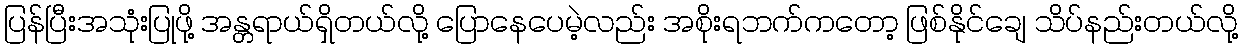
ပြန်ပြီးအသုံးပြုဖို့ အန္တရာယ်ရှိတယ်လို့ ပြောနေပေမဲ့လည်း အစိုးရဘက်ကတော့ ဖြစ်နိုင်ချေ သိပ်နည်းတယ်လို့